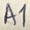
Text: A1